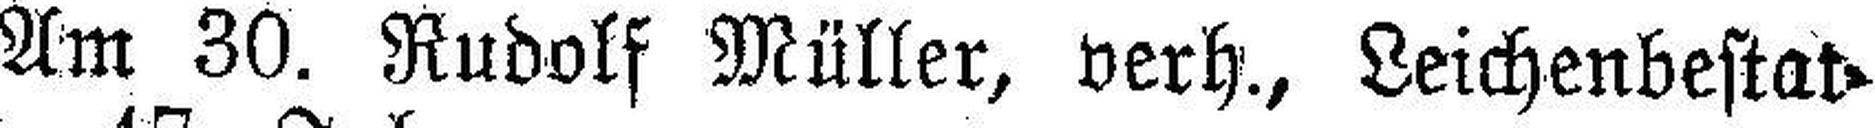
Am 30. Rudolf Müller, verh., Leichenbestat¬